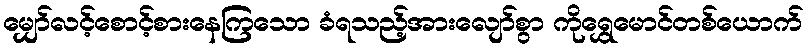
မျှော်လင့်စောင့်စားနေကြသော ခံရသည့်အားလျော်စွာ ကိုရွှေမောင်တစ်ယောက်